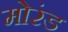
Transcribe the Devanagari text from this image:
मोरंड